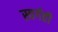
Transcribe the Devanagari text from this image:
स्वर्गही